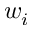
w _ { i }